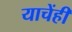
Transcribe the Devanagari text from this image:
याचेंही